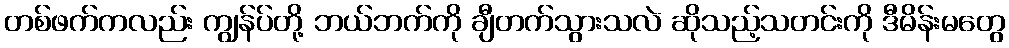
တစ်ဖက်ကလည်း ကျွန်ပ်တို့ ဘယ်ဘက်ကို ချီတက်သွားသလဲ ဆိုသည့်သတင်းကို ဒီမိန်းမတွေ